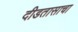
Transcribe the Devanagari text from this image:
दीडतासाचा